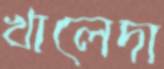
খালেদা